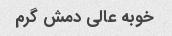
خوبه عالی دمش گرم